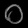
Digit: ၀